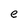
Character: e